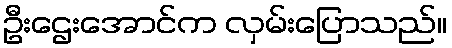
ဦးဌေးအောင်က လှမ်းပြောသည်။